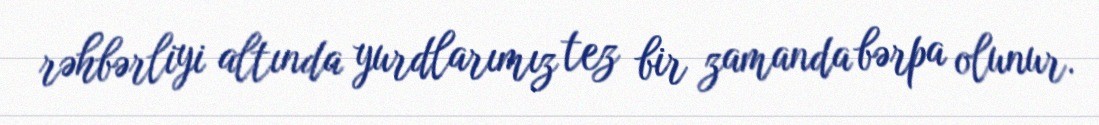
rəhbərliyi altında yurdlarımız tez bir zamanda bərpa olunur.